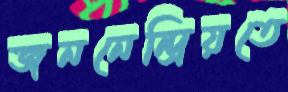
জননেন্দ্রিয়তে